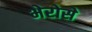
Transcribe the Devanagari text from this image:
भेरोसे